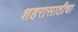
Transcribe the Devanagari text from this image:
शहरासाठीचा